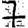
Digit: 7